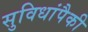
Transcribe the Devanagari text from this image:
सुविधांपैकी